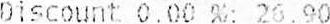
DISCOUNT 0.00 %: 26.90